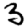
Digit: 3